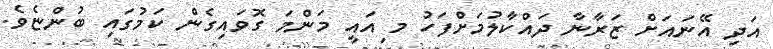
އަދި އޭނައަށް ޒަރާނާ ދައްކާލުމަށްފަހު މ ިއައީ މަންމަ ގޮވައިގެން ކަމުގައި ބުންޏެވެ.